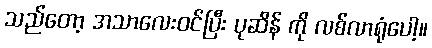
သည်တော့ အသာလေးဝင်ပြီး ပုဆိန် ကို လစ်လာရုံပေါ့။